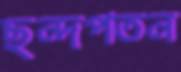
ছন্দপতন